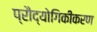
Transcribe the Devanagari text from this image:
प्रौद्योगिकीकरण